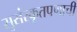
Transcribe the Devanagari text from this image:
सुसंस्कृतपणाची